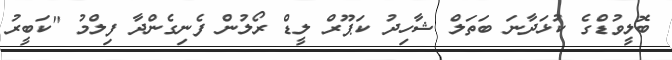
ބޮލީވުޑްގެ ކުޅަދާނަ ބަތަލް ޝާހިދު ކަޕޫރް ލީޑް ރޯލުން ފެނިގެންދާ ފިލްމު "ކަބީރު